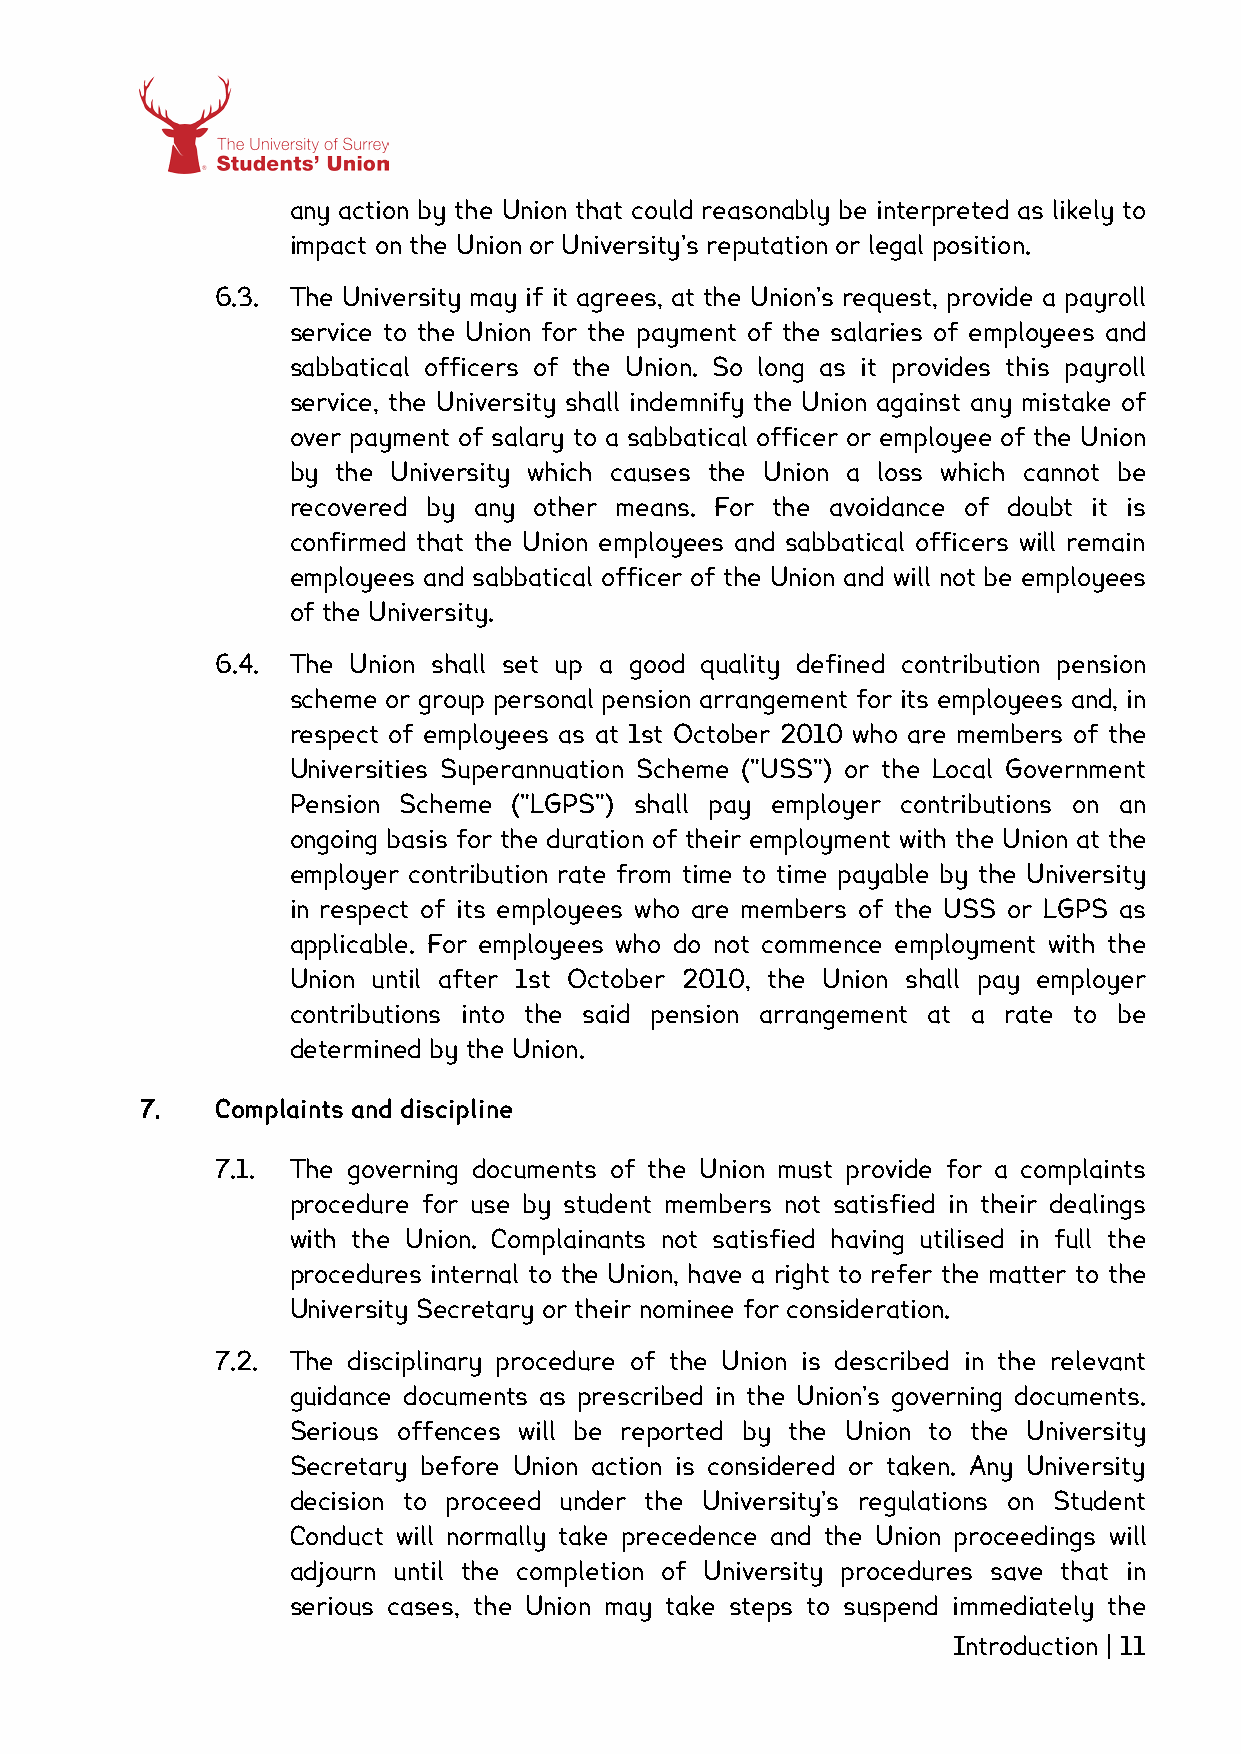
any action by the Union that could reasonably be interpreted as likely to
 impact on the Union or University’s reputation or legal position.
 6.3. The University may if it agrees, at the Union’s request, provide a payroll
 service to the Union for the payment of the salaries of employees and
 sabbatical officers of the Union. So long as it provides this payroll
 service, the University shall indemnify the Union against any mistake of
 over payment of salary to a sabbatical officer or employee of the Union
 by the University which causes the Union a loss which cannot be
 recovered by any other means. For the avoidance of doubt it is
 confirmed that the Union employees and sabbatical officers will remain
 employees and sabbatical officer of the Union and will not be employees
 of the University.
 6.4. The Union shall set up a good quality defined contribution pension
 scheme or group personal pension arrangement for its employees and, in
 respect of employees as at 1st October 2010 who are members of the
 Universities Superannuation Scheme ("USS") or the Local Government
 Pension Scheme ("LGPS") shall pay employer contributions on an
 ongoing basis for the duration of their employment with the Union at the
 employer contribution rate from time to time payable by the University
 in respect of its employees who are members of the USS or LGPS as
 applicable. For employees who do not commence employment with the
 Union until after 1st October 2010, the Union shall pay employer
 contributions into the said pension arrangement at a rate to be
 determined by the Union.
 7.   Complaints and discipline
 7.1. The governing documents of the Union must provide for a complaints
 procedure for use by student members not satisfied in their dealings
 with the Union. Complainants not satisfied having utilised in full the
 procedures internal to the Union, have a right to refer the matter to the
 University Secretary or their nominee for consideration.
 7.2. The disciplinary procedure of the Union is described in the relevant
 guidance documents as prescribed in the Union’s governing documents.
 Serious offences will be reported by the Union to the University
 Secretary before Union action is considered or taken. Any University
 decision to proceed under the University’s regulations on Student
 Conduct will normally take precedence and the Union proceedings will
 adjourn until the completion of University procedures save that in
 serious cases, the Union may take steps to suspend immediately the
 Introduction | 11